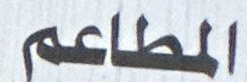
المطاعم